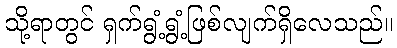
သို့ရာတွင် ရှက်ရွံ့ရွံ့ဖြစ်လျက်ရှိလေသည်။